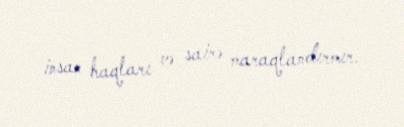
insan haqları və sairə maraqlandırmır.